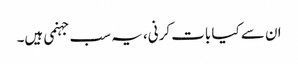
ان سے کیا بات کرنی، یہ سب جہنمی ہیں۔